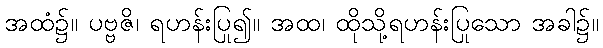
အထံ၌။ ပဗ္ဗဇိ၊ ရဟန်းပြု၍။ အထ၊ ထိုသို့ရဟန်းပြုသော အခါ၌။